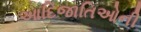
આદિજાતિઓની